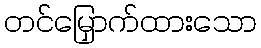
တင်မြှောက်ထားသော